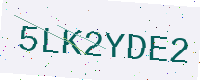
Text: 5LK2YDE2